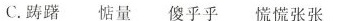
C.踌躇 惦量 傻乎乎 慌慌张张